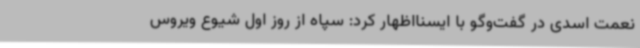
نعمت اسدی در گفت‌وگو با ایسنااظهار کرد: سپاه از روز اول شیوع ویروس